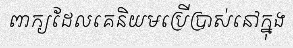
ពាក្យដែលគេនិយមប្រើប្រាស់នៅក្នុង